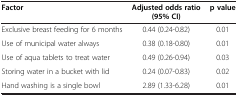
| Factor | Adjusted odds ratio (95% CI) | p value |
 | --- | --- | --- |
 | Exclusive breast feeding for 6 months | 0.44 (0.24-0.82) | 0.01 |
 | Use of municipal water always | 0.38 (0.18-0.80) | 0.01 |
 | Use of aqua tablets to treat water | 0.49 (0.26-0.94) | 0.03 |
 | Storing water in a bucket with lid | 0.24 (0.07-0.83) | 0.02 |
 | Hand washing is a single bowl | 2.89 (1.33-6.28) | 0.01 |